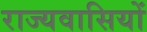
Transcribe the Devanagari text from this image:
राज्यवासियों